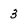
Character: 3